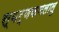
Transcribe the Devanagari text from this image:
स्वर्णकमलालु